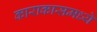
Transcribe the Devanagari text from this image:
काराकासमध्ये